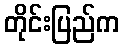
တိုင်းပြည်က